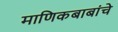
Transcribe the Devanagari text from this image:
माणिकबाबांचे